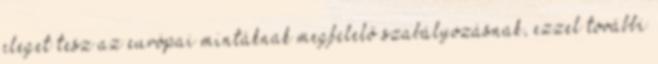
eleget tesz az európai mintáknak megfelelő szabályozásnak, ezzel további